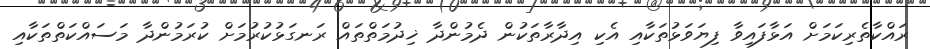
ރައްކާތެރިކަމަށް އަޅާފައިވާ ފިޔަވަޅުތަކާއި އެކި އިދާރާތަކުން ދެމުންދާ ޚިދުމަތްތައް ރަނގަޅުކުރުމަށް ކުރަމުންދާ މަސައްކަތްތަކާއި